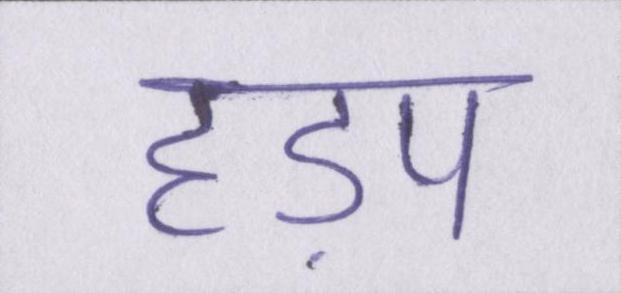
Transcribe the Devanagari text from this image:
हड़प